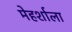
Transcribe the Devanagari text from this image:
मेहर्शाला